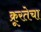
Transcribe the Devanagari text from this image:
क्रूरतेचा